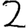
Digit: 2